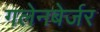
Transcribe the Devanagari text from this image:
गलेनबेर्जर